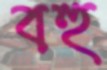
বহু